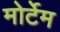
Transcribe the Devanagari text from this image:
मोर्टेम